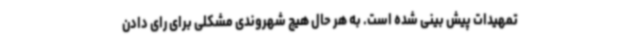
تمهیدات پیش بینی شده است. به هر حال هیچ شهروندی مشکلی برای رای دادن